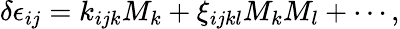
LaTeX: \delta\epsilon_{ij}=k_{ijk}M_{k}+\xi_{ijkl}M_{k}M_{l}+\cdots,